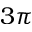
3 \pi